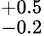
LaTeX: ^{+0.5}_{-0.2}